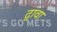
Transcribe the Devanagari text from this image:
द्वावा